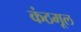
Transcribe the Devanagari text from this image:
कंठमूल